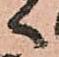
へ